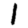
Digit: 1